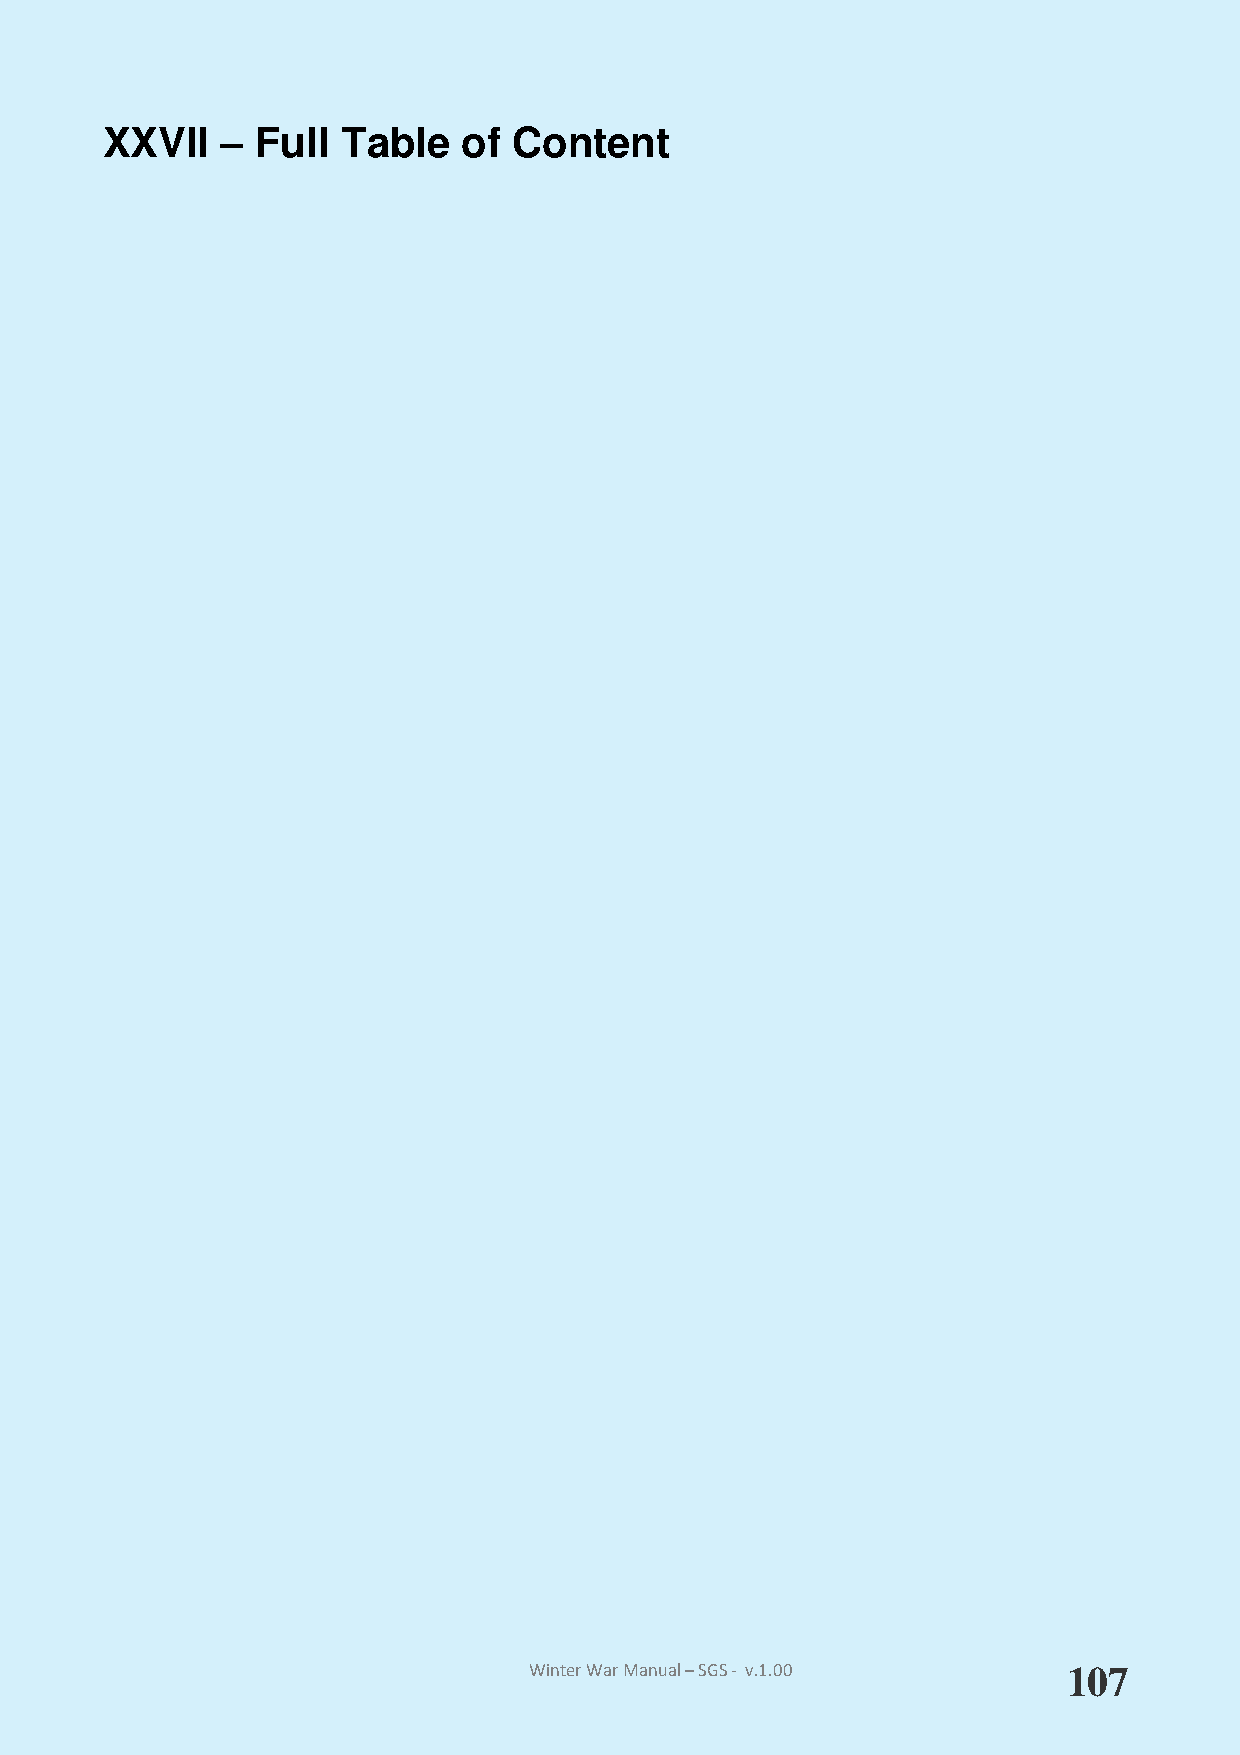
XXVII   – Full  Table   of Content
 Winter War Manual – SGS - v.1.00    107